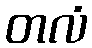
တလံ